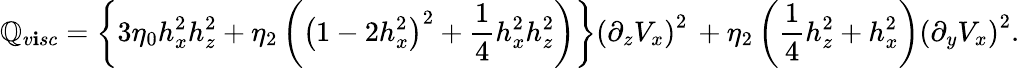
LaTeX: \mathbb{Q}_{v\mathbf{i}sc}=\left\{ 3\eta_{0}h_{x}^{2}h_{z}^{2}+\eta_{2}\left(\left(1-2h_{x}^{2}\right)^{2}+\frac{{1}}{{4}}h_{x}^{2}h_{z}^{2}\right)\right\} \left(\partial_{z}V_{x}\right)^{2}\, +\eta_{2}\left(\frac{{1}}{{4}}h_{z}^{2}+h_{x}^{2}\right)\left(\partial_{y}V_{x}\right)^{2}.